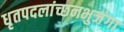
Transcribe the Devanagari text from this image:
धृतपदलांच्छनभुजंगा